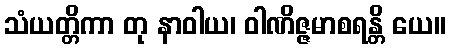
သံယတ္တိကာ တု နာဝါယ၊ ဝါဏိဇ္ဇမာစရန္တိ ယေ။